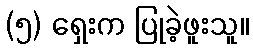
(၅) ရှေးက ပြုခဲ့ဖူးသူ။